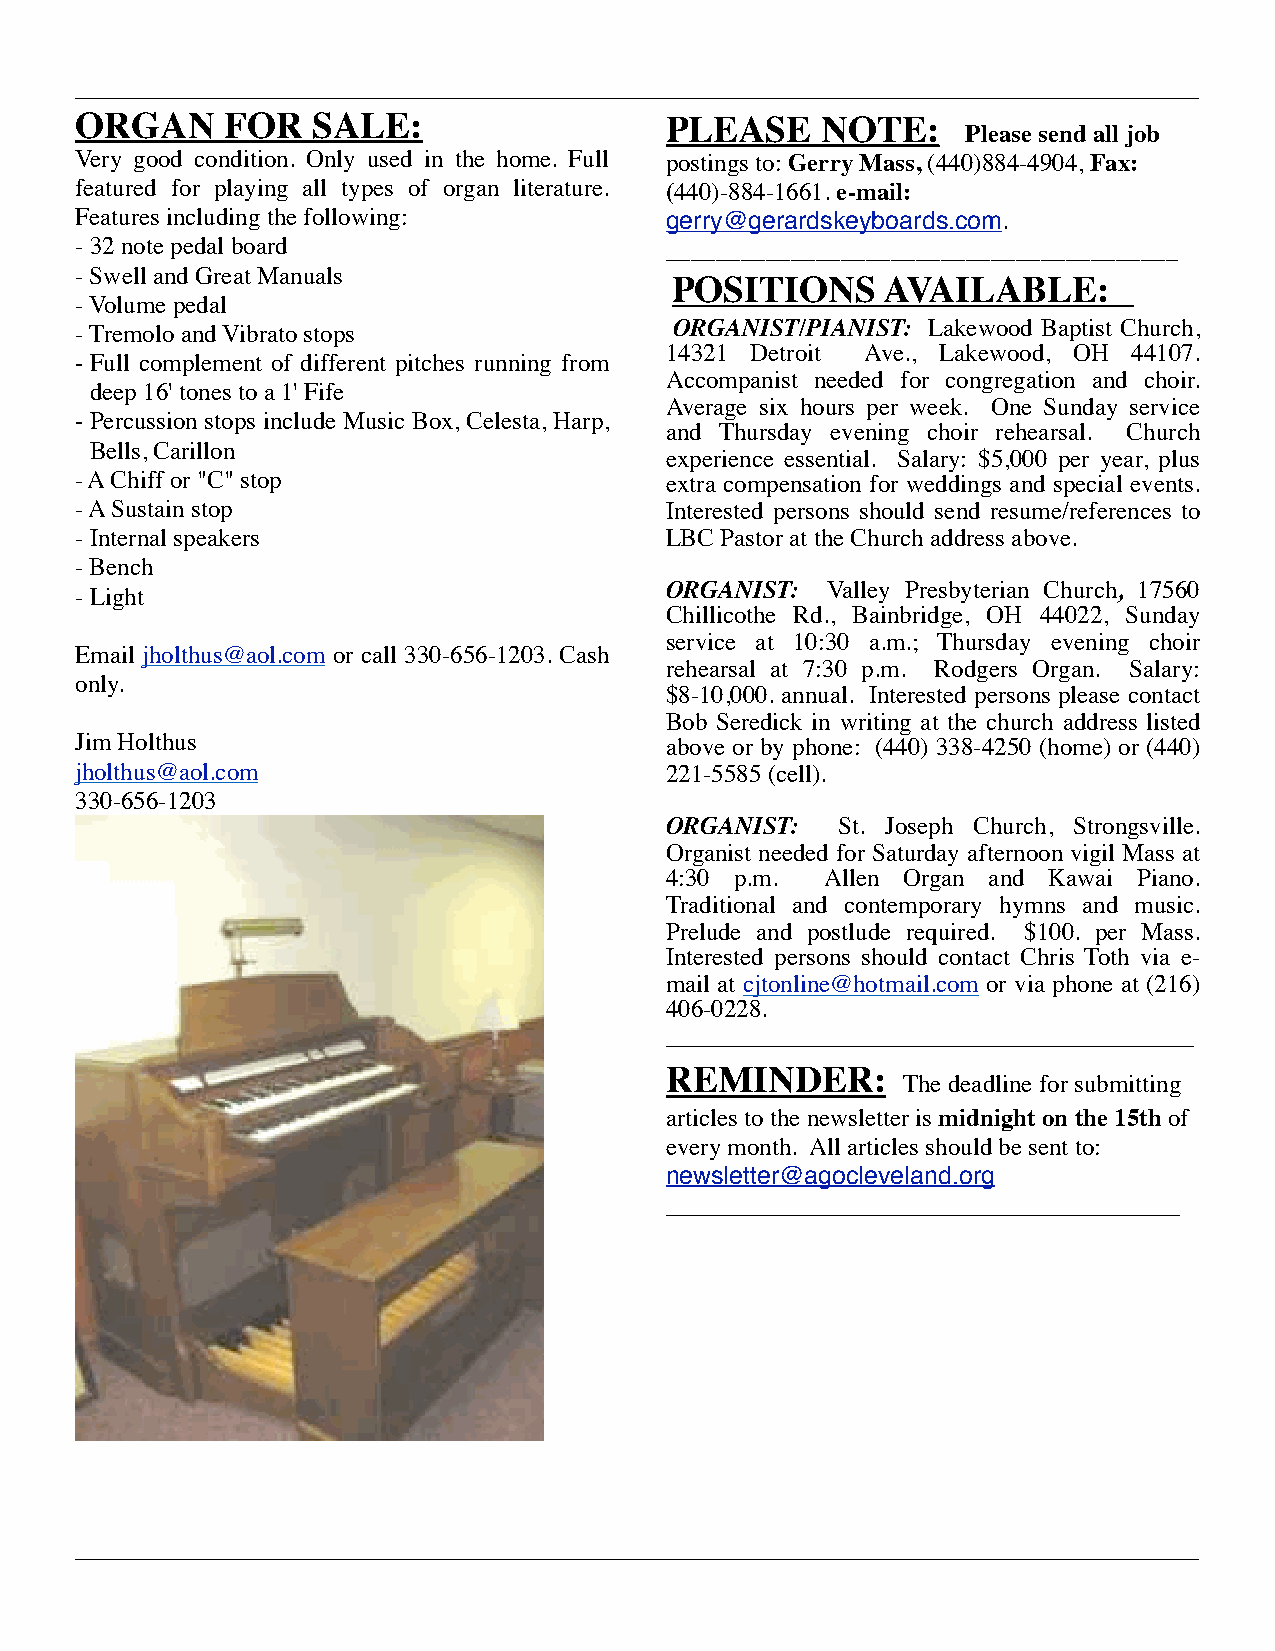
_________________________________________________________________________________________________
 ORGAN     FOR   SALE:                  PLEASE    NOTE:
 Please send all job
 Very good condition. Only used in the home. Full postings to: Gerry Mass, (440)884-4904, Fax:
 featured for playing all types of organ literature. (440)-884-1661. e-mail:
 Features including the following:      gerry@gerardskeyboards.com.
 - 32 note pedal board                  _________________________________________
 - Swell and Great Manuals
 POSITIONS     AVAILABLE:
 - Volume pedal
 - Tremolo and Vibrato stops             ORGANIST/PIANIST: Lakewood Baptist Church,
 14321 Detroit Ave., Lakewood, OH 44107.
 - Full complement of different pitches running from
 Accompanist needed for congregation and choir.
 deep 16' tones to a 1' Fife
 Average six hours per week. One Sunday service
 - Percussion stops include Music Box, Celesta, Harp,
 and Thursday evening choir rehearsal. Church
 Bells, Carillon
 experience essential. Salary: $5,000 per year, plus
 - A Chiff or "C" stop                  extra compensation for weddings and special events.
 - A Sustain stop                       Interested persons should send resume/references to
 - Internal speakers                    LBC Pastor at the Church address above.
 - Bench
 - Light                                ORGANIST:  Valley Presbyterian Church, 17560
 Chillicothe Rd., Bainbridge, OH 44022, Sunday
 service at 10:30 a.m.; Thursday evening choir
 Email jholthus@aol.com or call 330-656-1203. Cash
 rehearsal at 7:30 p.m. Rodgers Organ. Salary:
 only.
 $8-10,000. annual. Interested persons please contact
 Bob Seredick in writing at the church address listed
 Jim Holthus                            above or by phone: (440) 338-4250 (home) or (440)
 jholthus@aol.com                       221-5585 (cell).
 330-656-1203
 ORGANIST:  St. Joseph Church, Strongsville.
 Organist needed for Saturday afternoon vigil Mass at
 4:30 p.m.  Allen Organ and Kawai Piano.
 Traditional and contemporary hymns and music.
 Prelude and postlude required. $100. per Mass.
 Interested persons should contact Chris Toth via e-
 mail at cjtonline@hotmail.com or via phone at (216)
 406-0228.
 ______________________________________
 REMINDER:
 The deadline for submitting
 articles to the newsletter is midnight on the 15th of
 every month. All articles should be sent to:
 newsletter@agocleveland.org
 _____________________________________
 _________________________________________________________________________________________________